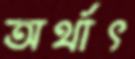
অর্থাৎ